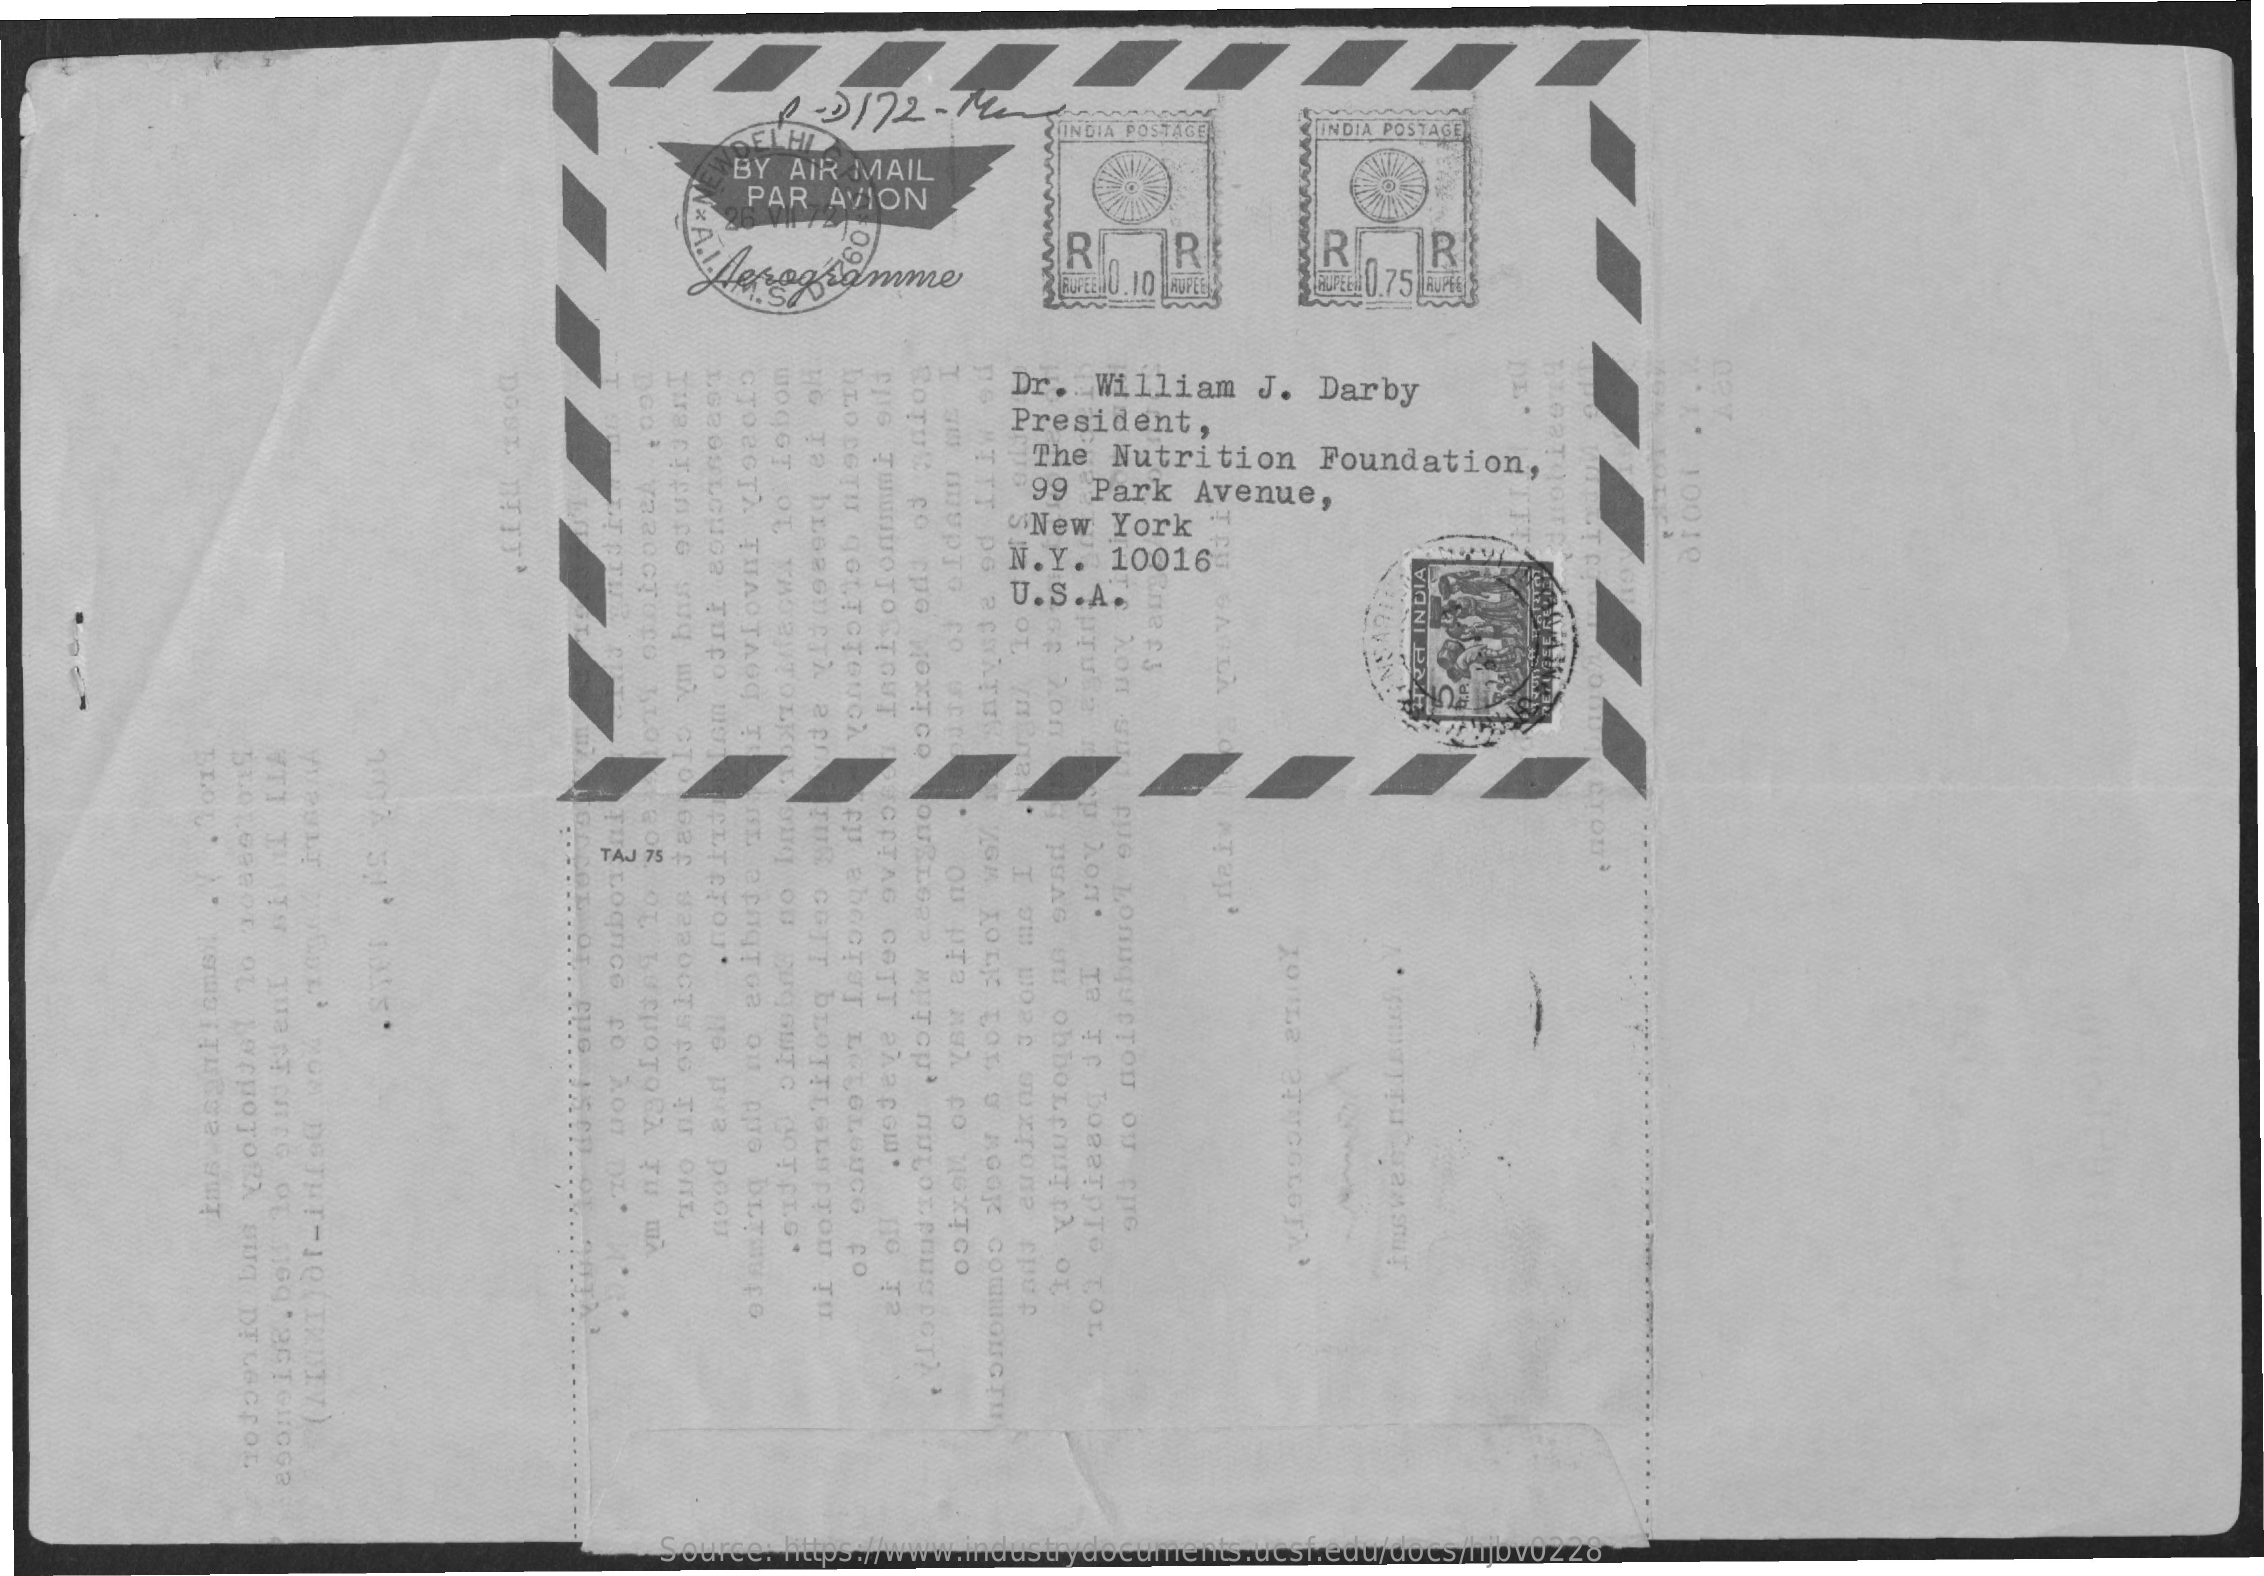
8 -3172  - 192
     INDIA POSTAGE   INDIA POSTAGE
     BY AIR MAIL
     PAR  AVION
     Sprogramme    R    R    R    R
     10,10    Evet U.75
     ROTUL
     CO
     TIG
     MOXICO
     HOOGT
     OT
     THOBUTOLKO
     Dr.   William   J.  Darby
     CTORGTA
     THAOTAGO
     TI
     President,
     10010
     The  Nutrition    Foundation,
     "99  Park   Avenue,
     "New   York
     EN.  Y.  10016-
     U.S.A.
     IA
     SUTU
     SCETAG
     COTT
     PASCGI.
     PETEYOU'
     TUR
     GOTT
     BLOTTISLUPTON
     TU
     O
     TAJ 75 17
     2
     Lognice
     to
     kon
     x
     euG    He
     Bya
     pool
     EUCHOTORA
     SUA
     DELECEOL
     HIG
     T2
     Source: https://www.industrydocuments.ucsf.edu/docs/hjbv0228